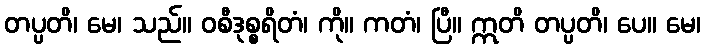
တပ္ပတိ၊ မေ၊ သည်။ ဝစီဒုစ္စရိတံ၊ ကို။ ကတံ၊ ပြီ။ ဣတိ တပ္ပတိ၊ ပေ။ မေ၊